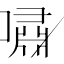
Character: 嘯